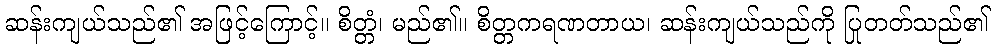
ဆန်းကျယ်သည်၏ အဖြင့်ကြောင့်။ စိတ္တံ၊ မည်၏။ စိတ္တကရဏတာယ၊ ဆန်းကျယ်သည်ကို ပြုတတ်သည်၏